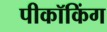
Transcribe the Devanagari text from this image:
पीकॉकिंग